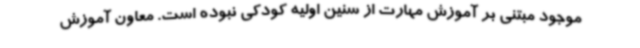
موجود مبتنی بر آموزش مهارت از سنین اولیه کودکی نبوده است. معاون آموزش